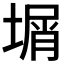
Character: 𡎮